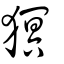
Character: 猽